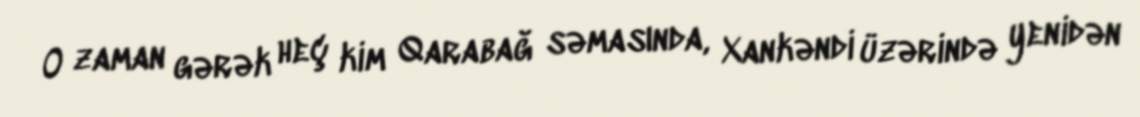
O zaman gərək heç kim Qarabağ səmasında, Xankəndi üzərində yenidən